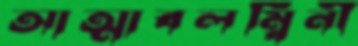
আত্মাবলম্বিনী